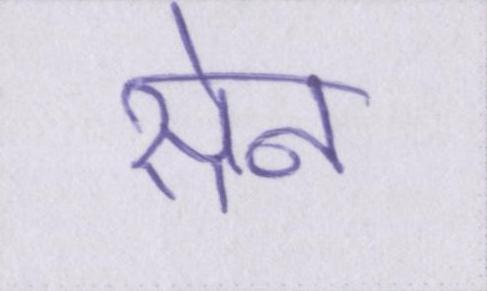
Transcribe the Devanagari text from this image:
सेन